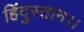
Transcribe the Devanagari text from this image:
हिंदुस्तान।।